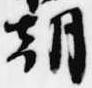
朝